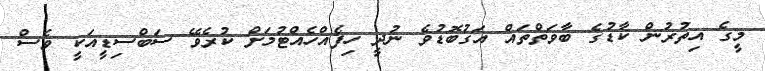
މީގެ އިތުރުން ކާޑުގެ ބާވަތްތައް އަގުބޮޑުވެ ނުދީ ހިފެއްހެއްޓުމަށް ކުރެވޭ ސަބްސިޑީއަކީ ވެސް